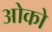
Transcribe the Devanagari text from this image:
ओको